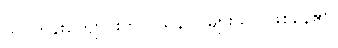
သင်တန်းကျောင်းတွင် သူနာပြုများသာ ဖြစ်နေ၏။